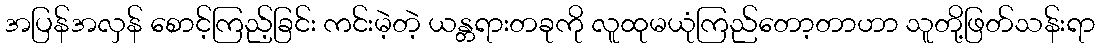
အပြန်အလှန် စောင့်ကြည့်ခြင်း ကင်းမဲ့တဲ့ ယန္တရားတခုကို လူထုမယုံကြည်တော့တာဟာ သူတို့ဖြတ်သန်းရာ